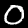
Digit: 0